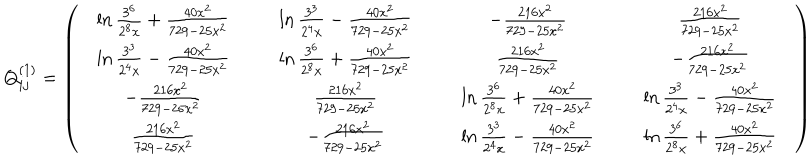
LaTeX: Q _ { i j } ^ { ( 1 ) } = \left( \begin{array} { c c c c } { { \ln \frac { 3 ^ { 6 } } { 2 ^ { 8 } x } + \frac { 4 0 x ^ { 2 } } { 7 2 9 - 2 5 x ^ { 2 } } } } & { { \ln \frac { 3 ^ { 3 } } { 2 ^ { 4 } x } - \frac { 4 0 x ^ { 2 } } { 7 2 9 - 2 5 x ^ { 2 } } } } & { { - \frac { 2 1 6 x ^ { 2 } } { 7 2 9 - 2 5 x ^ { 2 } } } } & { { \frac { 2 1 6 x ^ { 2 } } { 7 2 9 - 2 5 x ^ { 2 } } } } \\ { { \ln \frac { 3 ^ { 3 } } { 2 ^ { 4 } x } - \frac { 4 0 x ^ { 2 } } { 7 2 9 - 2 5 x ^ { 2 } } } } & { { \ln \frac { 3 ^ { 6 } } { 2 ^ { 8 } x } + \frac { 4 0 x ^ { 2 } } { 7 2 9 - 2 5 x ^ { 2 } } } } & { { \frac { 2 1 6 x ^ { 2 } } { 7 2 9 - 2 5 x ^ { 2 } } } } & { { - \frac { 2 1 6 x ^ { 2 } } { 7 2 9 - 2 5 x ^ { 2 } } } } \\ { { - \frac { 2 1 6 x ^ { 2 } } { 7 2 9 - 2 5 x ^ { 2 } } } } & { { \frac { 2 1 6 x ^ { 2 } } { 7 2 9 - 2 5 x ^ { 2 } } } } & { { \ln \frac { 3 ^ { 6 } } { 2 ^ { 8 } x } + \frac { 4 0 x ^ { 2 } } { 7 2 9 - 2 5 x ^ { 2 } } } } & { { \ln \frac { 3 ^ { 3 } } { 2 ^ { 4 } x } - \frac { 4 0 x ^ { 2 } } { 7 2 9 - 2 5 x ^ { 2 } } } } \\ { { \frac { 2 1 6 x ^ { 2 } } { 7 2 9 - 2 5 x ^ { 2 } } } } & { { - \frac { 2 1 6 x ^ { 2 } } { 7 2 9 - 2 5 x ^ { 2 } } } } & { { \ln \frac { 3 ^ { 3 } } { 2 ^ { 4 } x } - \frac { 4 0 x ^ { 2 } } { 7 2 9 - 2 5 x ^ { 2 } } } } & { { \ln \frac { 3 ^ { 6 } } { 2 ^ { 8 } x } + \frac { 4 0 x ^ { 2 } } { 7 2 9 - 2 5 x ^ { 2 } } } } \\ \end{array} \right)